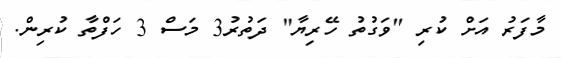
މާފަރު އަށް ކުރި "ވަގުތު ހޭރިޔާ" ދަތުރު3 މަސް 3 ހަފްތާ ކުރިން.